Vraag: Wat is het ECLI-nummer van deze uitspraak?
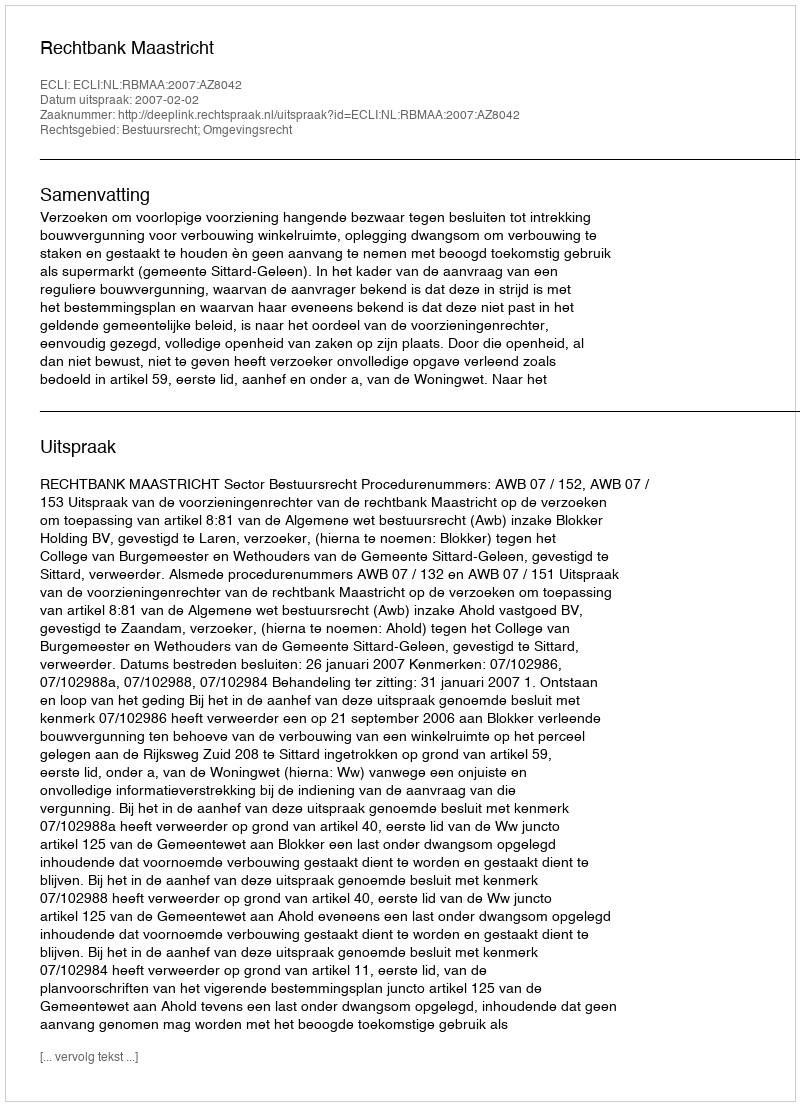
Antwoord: ECLI:NL:RBMAA:2007:AZ8042